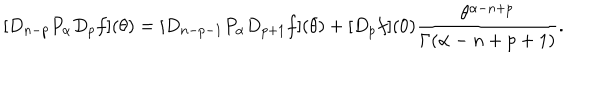
[ D _ { n - p } P _ { \alpha } D _ { p } f ] ( \theta ) = [ D _ { n - p - 1 } P _ { \alpha } D _ { p + 1 } f ] ( \theta ) + [ D _ { p } f ] ( 0 ) \frac { \theta ^ { \alpha - n + p } } { \Gamma ( \alpha - n + p + 1 ) } .